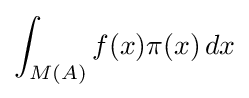
\displaystyle \int _{M(A)}f(x)\pi (x)\,dx